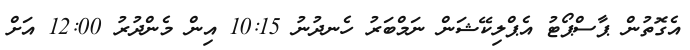
އެގޮތުން ޕާސްޕޯޓު އެޕްލިކޭޝަން ނަމްބަރު ހެނދުނު 10:15 އިން މެންދުރު 12:00 އަށް